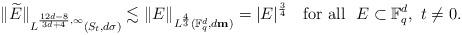
LaTeX: \begin{align*}\|\widetilde{E}\|_{L^{\frac{12d-8}{3d+4}, \infty}(S_t, d\sigma)}\lesssim \|E\|_{L^{\frac{4}{3}}(\mathbb F_q^d, d\textbf{m})}=|E|^{\frac{3}{4}}\quad\mbox{for all}~~ E \subset \mathbb F_q^d,~t\ne 0.\end{align*}